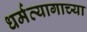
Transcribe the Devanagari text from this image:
धर्मत्यागाच्या